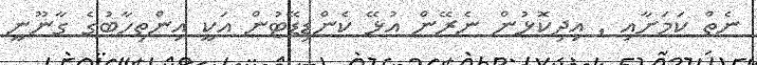
ނެތް ކަމަށާއި